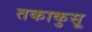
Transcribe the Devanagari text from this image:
तकाकुसू